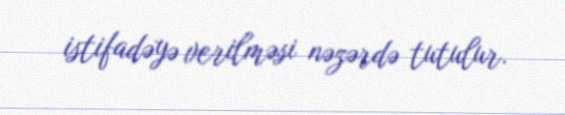
istifadəyə verilməsi nəzərdə tutulur.